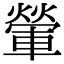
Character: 𨍶